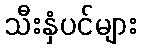
သီးနှံပင်များ